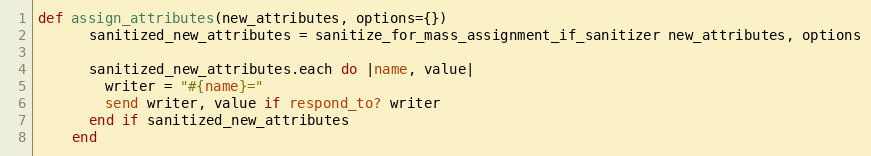
Language: Ruby
def assign_attributes(new_attributes, options={})
      sanitized_new_attributes = sanitize_for_mass_assignment_if_sanitizer new_attributes, options

      sanitized_new_attributes.each do |name, value|
        writer = "#{name}="
        send writer, value if respond_to? writer
      end if sanitized_new_attributes
    end